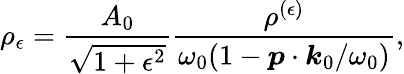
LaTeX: \rho_{\epsilon}=\frac{A_{0}}{\sqrt{1+\epsilon^{2}}}\frac{\rho^{(\epsilon)}}{\omega_{0}(1-\boldsymbol{p}\cdot\boldsymbol{k}_{0}/\omega_{0})},